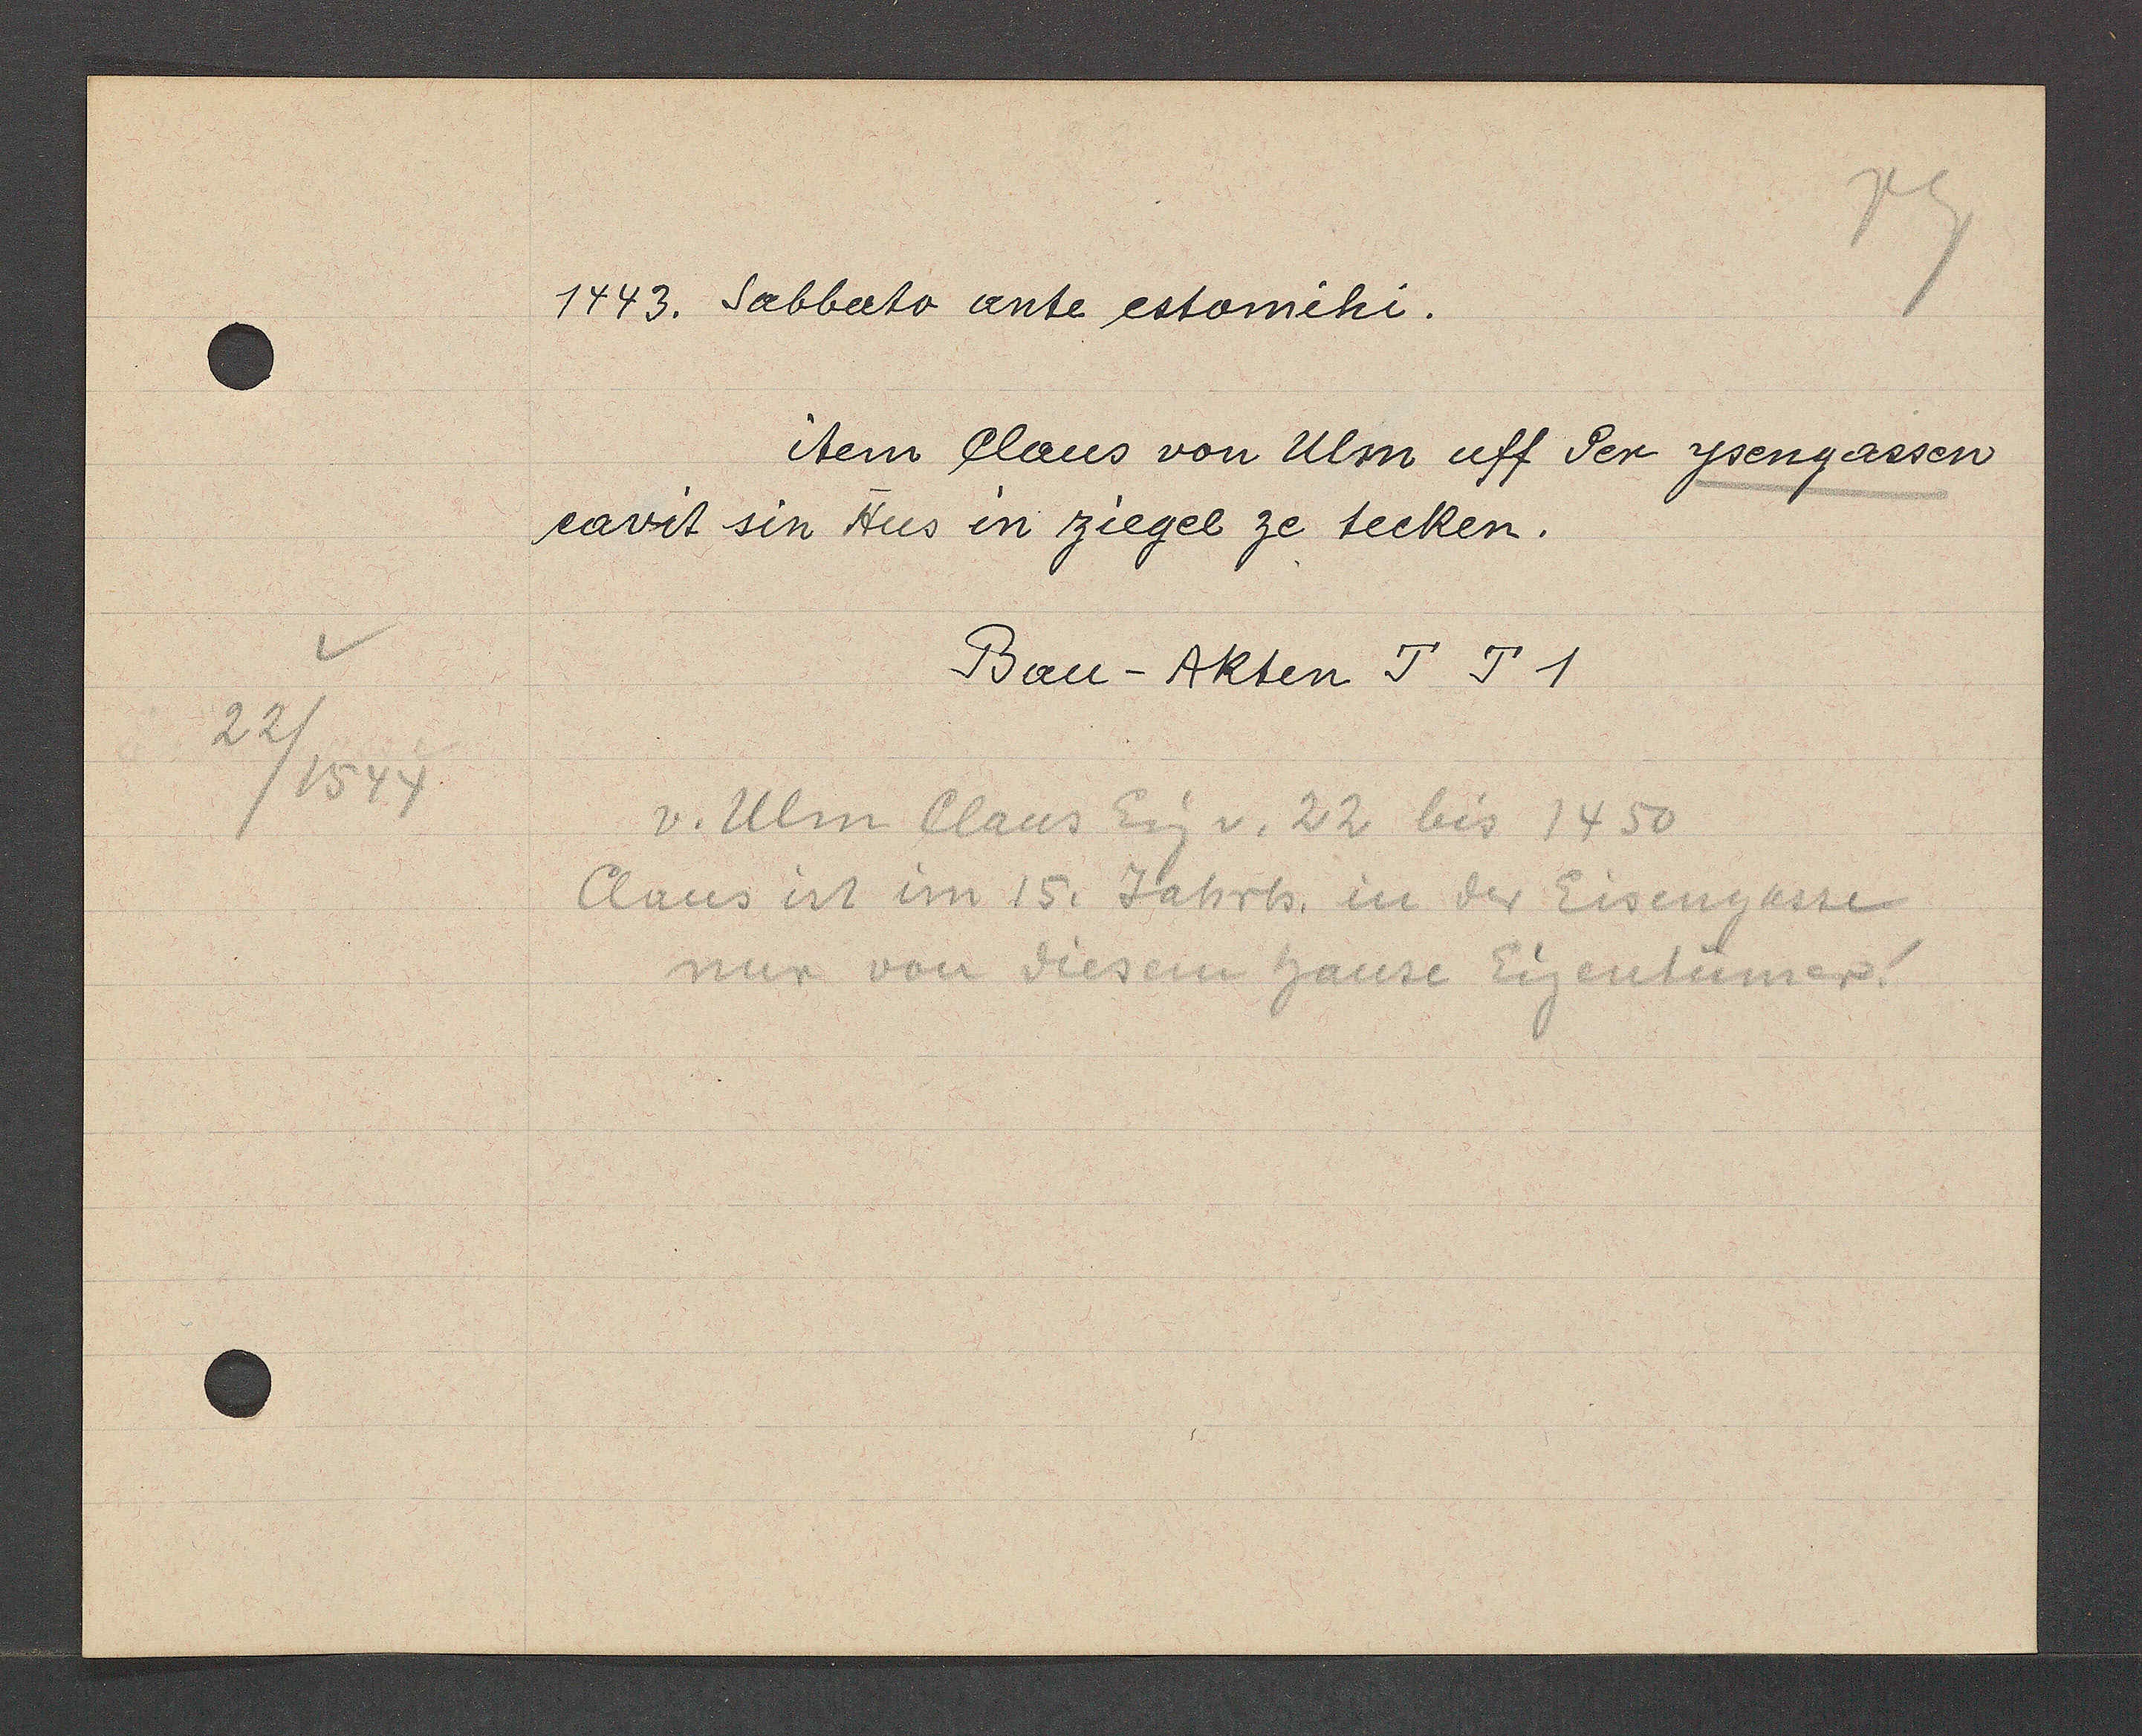
Transcript:
22/1544

1443. Sabbato ante estomihi.
item Claus von Ulm uff der ysengassen
cavit sin Hus in ziegel ze tecken.
Bau-Akten J J 1
v. Ulm Claus Eig v. 22 bis 1450
Claus ist im 15. Jahrh. in der Eisengasse
nur von diesem hause Eigentumer!